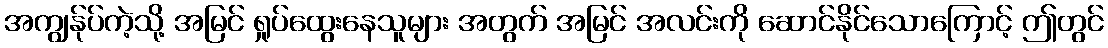
အကျွန်ုပ်ကဲ့သို့ အမြင် ရှုပ်ထွေးနေသူများ အတွက် အမြင် အလင်းကို ဆောင်နိုင်သောကြောင့် ဤတွင်